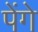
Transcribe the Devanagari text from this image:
पेंगे